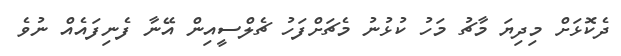
ދެކޮޅަށް މިދިޔަ މާޗު މަހު ކުޅުނު މެޗަށްފަހު ޗެލްސީއިން އޭނާ ފެނިފައެއް ނުވެ